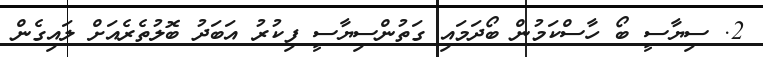
2. ސިޔާސީ ބޯ ހާސްކަމުން ބޯދަމައި ގަތުންސިޔާސީ ފިކުރު އަބަދު ބޮލުތެރެއަށް ލައިގެން